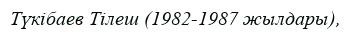
Түкібаев Тілеш (1982-1987 жылдары),